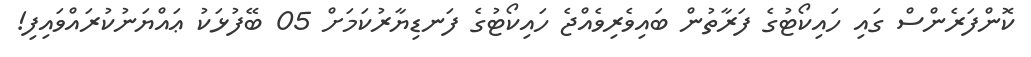
ކޮންފަރެންސް ގައި ހައިކޯޓުގެ ފަރާތުން ބައިވެރިވެއްޖެ ހައިކޯޓުގެ ފަނޑިޔާރުކަމަށް 05 ބޭފުޅަކު ޢައްޔަނުކުރައްވައިފި!